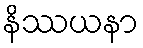
နိဿယနာ